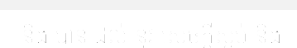
និង បាន ដល់ នូវ សេចក្តីស្ងប់ និង